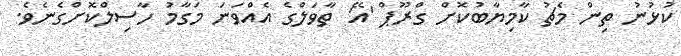
ކުޅުނު ތިން މެޗު ކާމިޔާބުކޮށް ގްރޫޕް 'އޭ' ތާވަލްގެ އެއްވަނަ މަގާމު ހާސިލްކޮށްގެނެވެ.